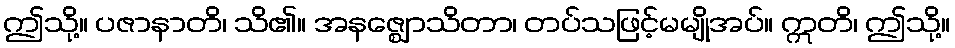
ဤသို့။ ပဇာနာတိ၊ သိ၏။ အနဇ္ဈောသိတာ၊ တပ်သဖြင့်မမျိုအပ်။ ဣတိ၊ ဤသို့။